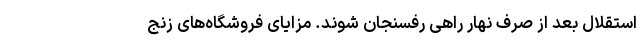
استقلال بعد از صرف نهار راهی رفسنجان شوند. مزایای فروشگاه‌های زنج